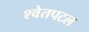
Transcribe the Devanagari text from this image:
श्‍वेतपटल